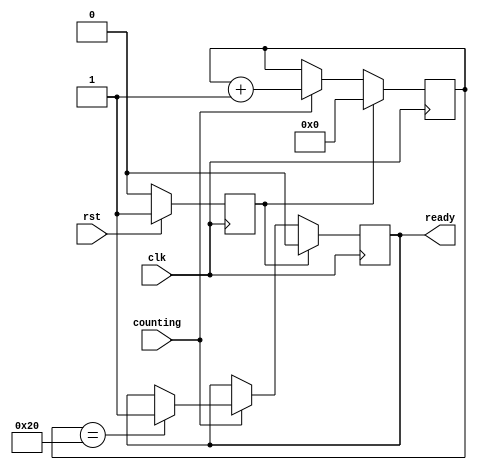
module Control (
    input counting,
    input rst,
    input clk,
    output reg ready
);

    reg [5:0] count;
    reg reset;

    always @(posedge clk) begin
        if (rst) begin
            reset <= 1;
        end
        else begin
            reset <= 0;
        end
    end

    always @(negedge clk) begin
        if (reset) begin
            count <= 0;
            ready <= 0;
        end
        else if (counting) begin
            count <= count + 1;
            if (count == 32) begin
            ready <= 1;
            end
        end
    end

endmodule